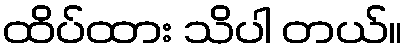
ထိပ်ထား သိပါ တယ်။